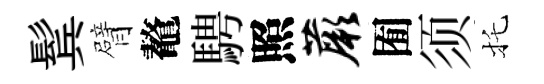
鬂臂鼇騁照蕨囿须托